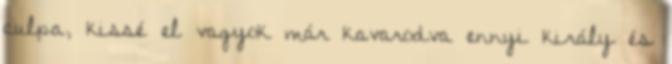
culpa, kissé el vagyok már kavarodva ennyi király és